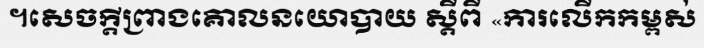
។សេចក្តីព្រាងគោលនយោបាយ ស្តីពី «ការលើកកម្ពស់